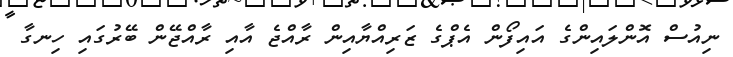
ނިއުސް އޮންލައިންގެ އައިފޯން އެޕްގެ ޒަރިއްޔާއިން ރާއްޖެ އާއި ރާއްޖޭން ބޭރުގައި ހިނގާ